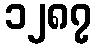
၁၂၈၇